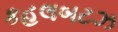
કહલબટઝ